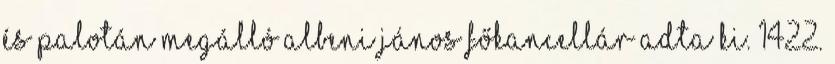
és Palotán megálló Albeni János főkancellár adta ki. 1422.